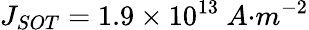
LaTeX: J_{{SOT}}=1.9\times{10}^{13}\ {A}{{·}}{{m}}^{{-2}}